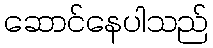
ဆောင်နေပါသည်